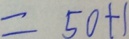
= 5 0 + 1